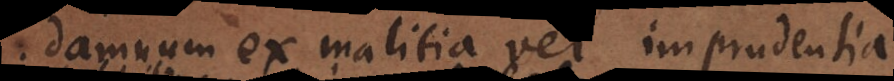
damnum ex malitia vel imprudentia.